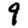
Digit: 9